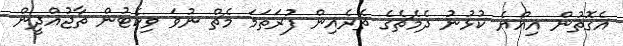
އެގޮތުން އިއްޔެ ކުޅުނު ދެމެޗެގެ ތެރެއިން ފުރަތަމަ މެޗް ނުވަ ވިކެޓުން ތާޖުއްދީން